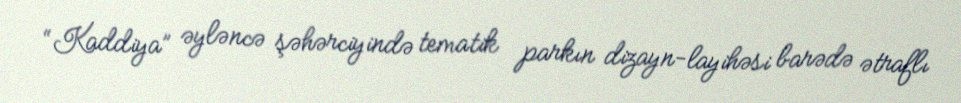
“Kaddiya” əyləncə şəhərciyində tematik parkın dizayn-layihəsi barədə ətraflı